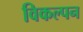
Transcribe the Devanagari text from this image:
विकल्पन